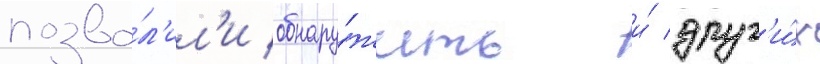
позво́л'ил'и обнару́жить и́ друг'и́х